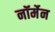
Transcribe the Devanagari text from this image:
नॉर्मेन